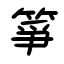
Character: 箏